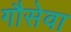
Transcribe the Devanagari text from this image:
गौसेवा